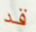
قد